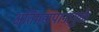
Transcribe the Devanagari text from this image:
अतिमद्यपानामुळे